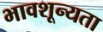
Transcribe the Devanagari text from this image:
भावशून्यता